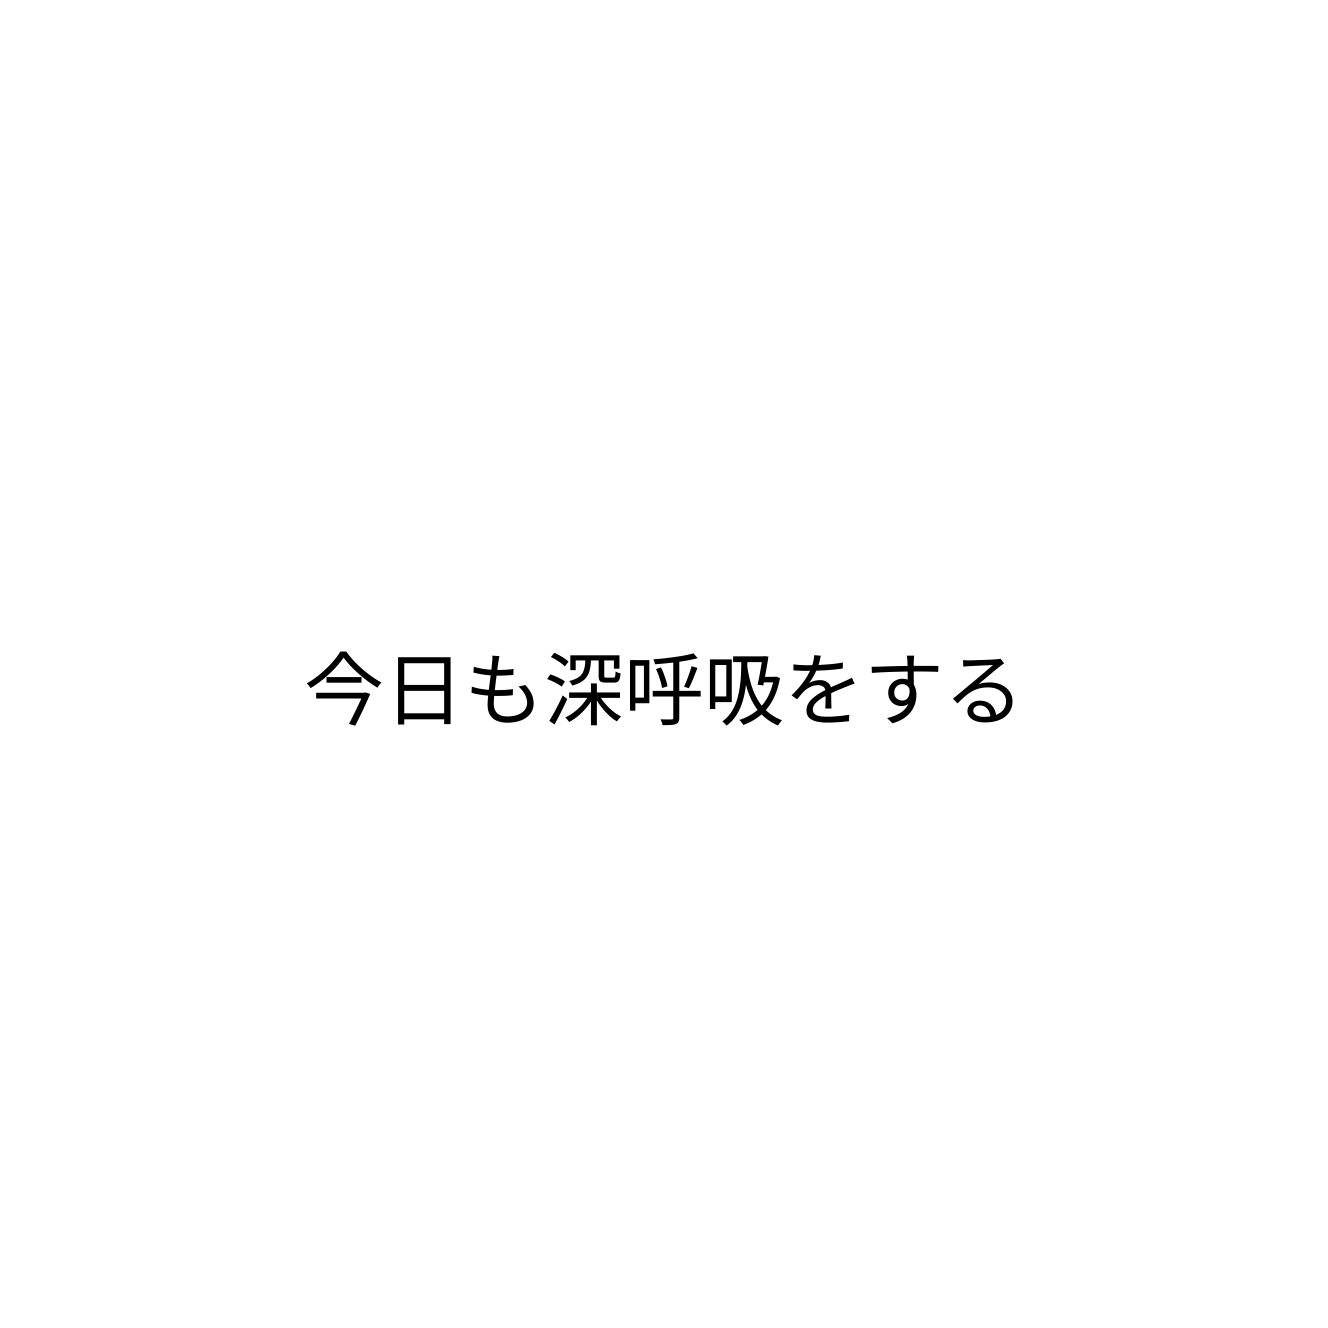
今日も深呼吸をする